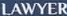
LAWYER